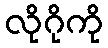
လိုဂိုကို